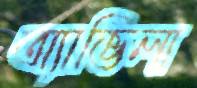
অ্যাভিলা